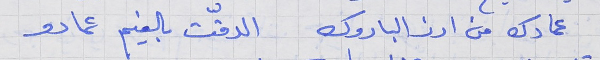
عمادك من ارز الباروك      الدقّت بالغيم عمادو